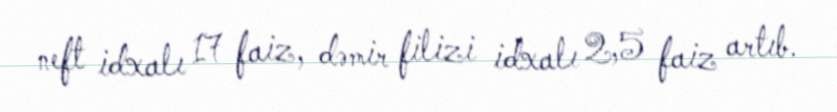
neft idxalı 17 faiz, dəmir filizi idxalı 2,5 faiz artıb.